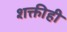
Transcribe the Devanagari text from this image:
शक्तीही